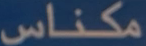
مكناس